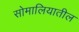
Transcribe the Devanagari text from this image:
सोमालियातील